Source: Handwritten
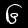
Digit: ၆ (6)